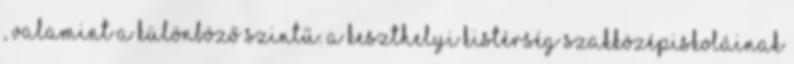
, valamint a különböző szintű. A Keszthelyi Kistérség Szakközépiskoláinak